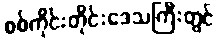
စစ်ကိုင်းတိုင်းဒေသကြီးတွင်